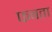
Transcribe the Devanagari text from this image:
फबता